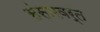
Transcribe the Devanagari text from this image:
संसारवर्त